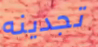
تجدينه